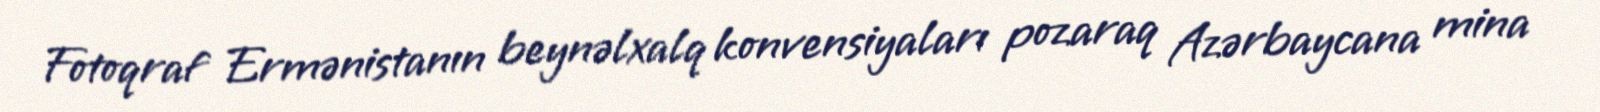
Fotoqraf Ermənistanın beynəlxalq konvensiyaları pozaraq Azərbaycana mina